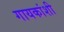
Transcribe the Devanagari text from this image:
गायकांशी